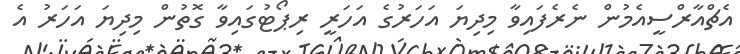
އެޗްއާރްސީއެމުން ނެރެފައިވާ މިދިޔަ އަހަރުގެ އަހަރީ ރިޕޯޓުގައިވާ ގޮތުން މިދިޔަ އަހަރު އެ